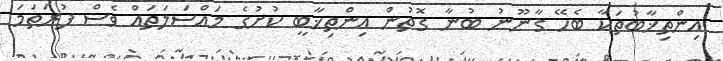
އިންތިޚާބުތަކާ ބެހޭ ގާނޫނު ބުނާ ގޮތުން އިންތިޚާބީ ކުށުގެ މައްސަލަތައް ވެސް ފުރަތަމަ